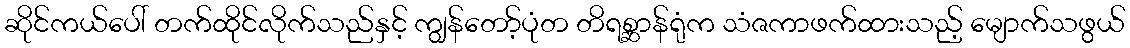
ဆိုင်ကယ်ပေါ် တက်ထိုင်လိုက်သည်နှင့် ကျွန်တော့်ပုံတ တိရစ္ဆာန်ရုံက သံဇကာဖက်ထားသည့် မျောက်သဖွယ်